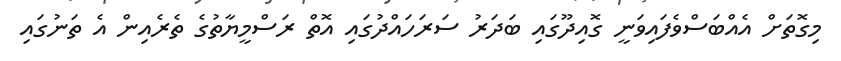
މިގޮތަށް އެއްބަސްވެފައިވަނީ ގޮއިދޫގައި ބަދަރު ސަރަހައްދުގައި އޮތް ރަސްމީޔާތުގެ ތެރެއިން އެ ތަނުގައި